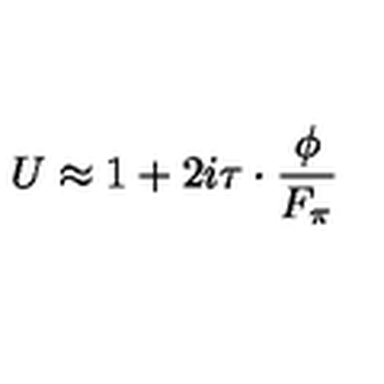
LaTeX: U \approx 1 + 2 i \mathrm { \boldmath { \tau } } \cdot \frac { \mathrm { \boldmath \phi } } { F _ { \pi } }